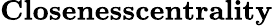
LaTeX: \textbf{Closenesscentrality}